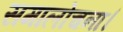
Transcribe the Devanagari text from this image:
समालोचना।